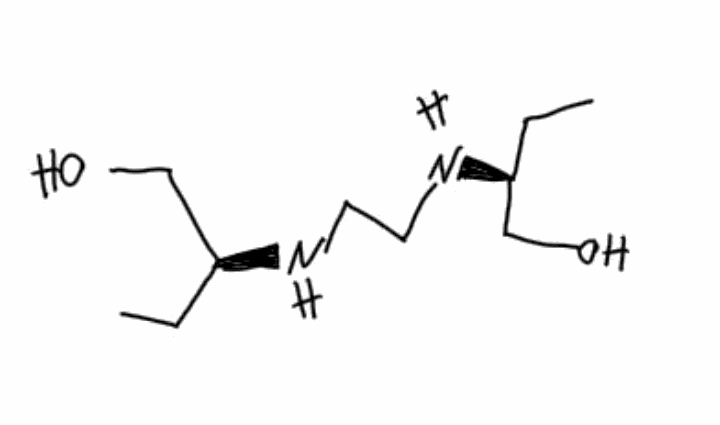
Simplified molecular-input line-entry system (SMILES) notation of the given molecule:
CC[C@@H](CO)NCCN[C@@H](CC)CO